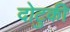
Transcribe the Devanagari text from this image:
दोटुकी